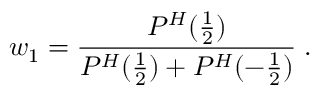
w _ { 1 } = { \frac { P ^ { H } ( { \frac { 1 } { 2 } } ) } { P ^ { H } ( { \frac { 1 } { 2 } } ) + P ^ { H } ( - { \frac { 1 } { 2 } } ) } } \; .